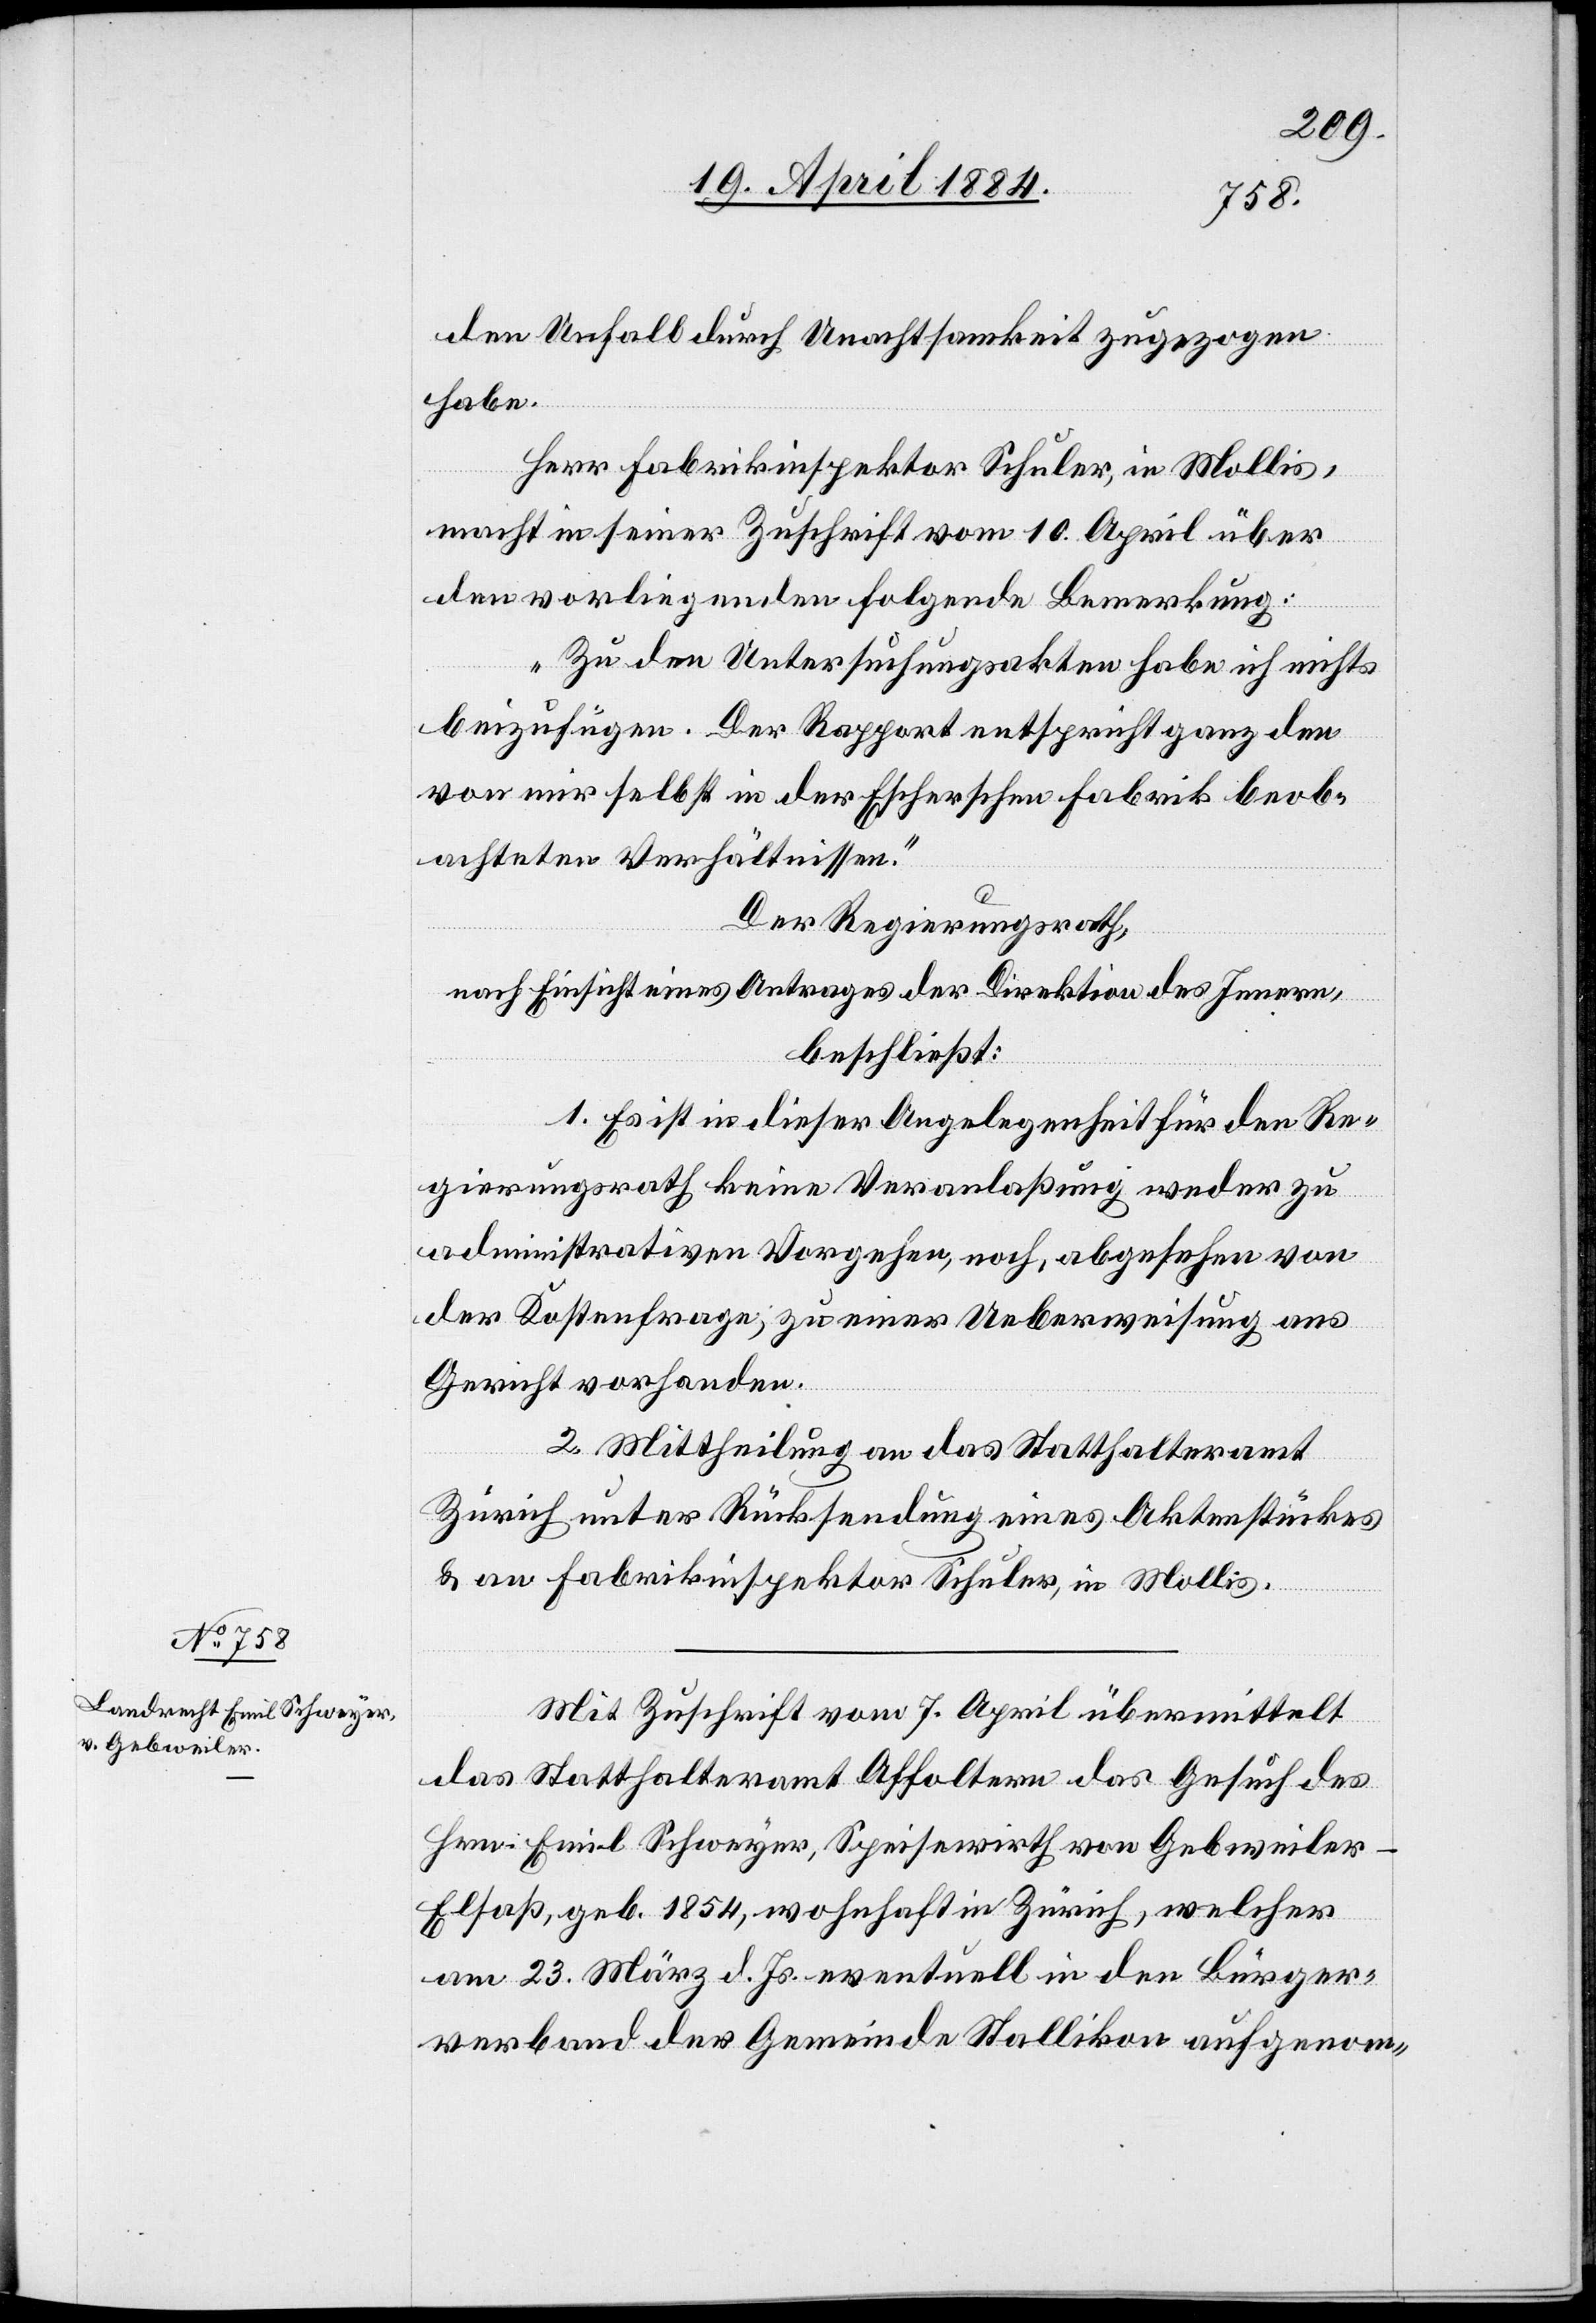
den Unfall durch Unachtsamkeit zugezogen
habe.
Herr Fabrikinspektor Schuler, in Mollis,
macht in seiner Zuschrift vom 10. April über
den vorliegenden [sic!] folgende Bemerkung:
„Zu den Untersuchungsakten habe ich nichts
beizufügen. Der Rapport entspricht ganz den
von mir selbst in der Escherschen Fabrik beob¬
achteten Verhältnissen.“
Der Regierungsrath,
nach Einsicht eines Antrages der Direktion des Innern,
beschließt:
1. Es ist in dieser Angelegenheit für den Re¬
gierungsrath keine Veranlaßung weder zu
administrativem Vorgehen, noch, abgesehen von
der Kostenfrage, zu einer Ueberweisung ans
Gericht vorhanden.
2. Mittheilung an das Statthalteramt
Zürich unter Rücksendung eines Aktenstückes
& an Fabrikinspektor Schuler, in Mollis.
Mit Zuschrift vom 7. April übermittelt
das Statthalteramt Affoltern das Gesuch des
Hrn. Emil Schweyer, Speisewirth von Gebweiler
Elsaß, geb. 1854, wohnhaft in Zürich, welcher
am 23. März d. Js. eventuell in den Bürger¬
verband der Gemeinde Stallikon aufgenom-